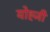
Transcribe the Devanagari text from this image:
योह्जी